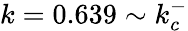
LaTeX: k=0.639\sim k_{c}^{-}